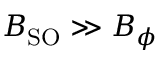
B _ { \mathrm { S O } } \gg B _ { \phi }